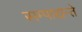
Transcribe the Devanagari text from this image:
सम्पाद्यन्ते